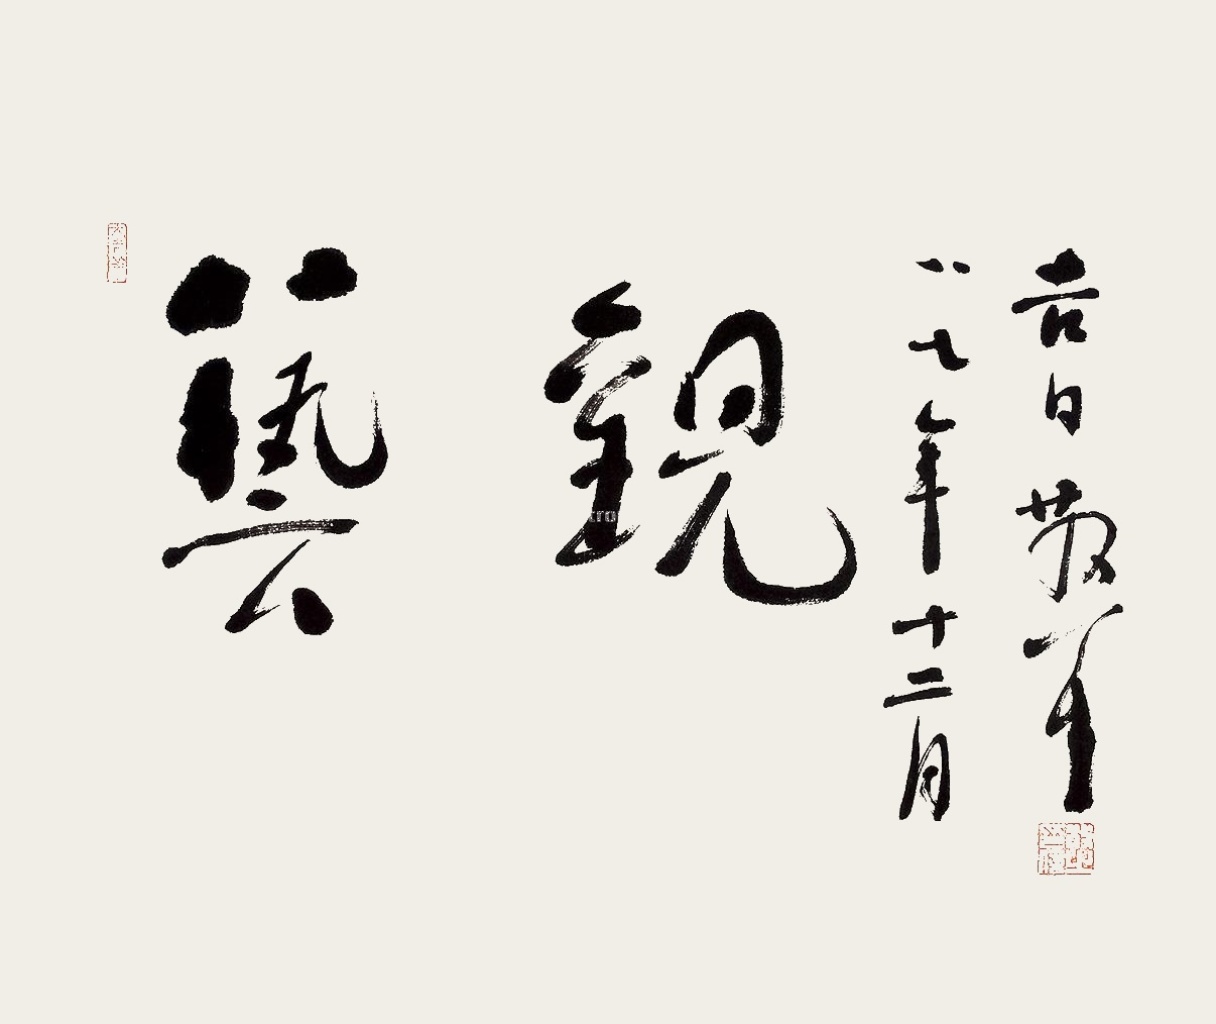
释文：艺观。八七年十二月吉日，散耳。